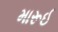
મારૂઈ